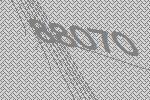
88070